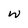
Character: W